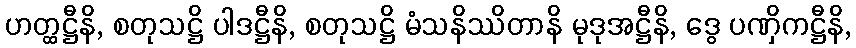
ဟတ္ထဋ္ဌီနိ, စတုသဋ္ဌိ ပါဒဋ္ဌီနိ, စတုသဋ္ဌိ မံသနိဿိတာနိ မုဒုအဋ္ဌီနိ, ဒွေ ပဏှိကဋ္ဌီနိ,